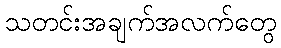
သတင်းအချက်အလက်တွေ